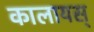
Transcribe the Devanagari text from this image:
कालायस्